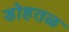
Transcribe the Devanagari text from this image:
डोहतळ